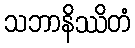
သဘာနိဿိတံ